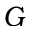
G